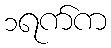
၁ရက်က